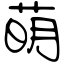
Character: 萌